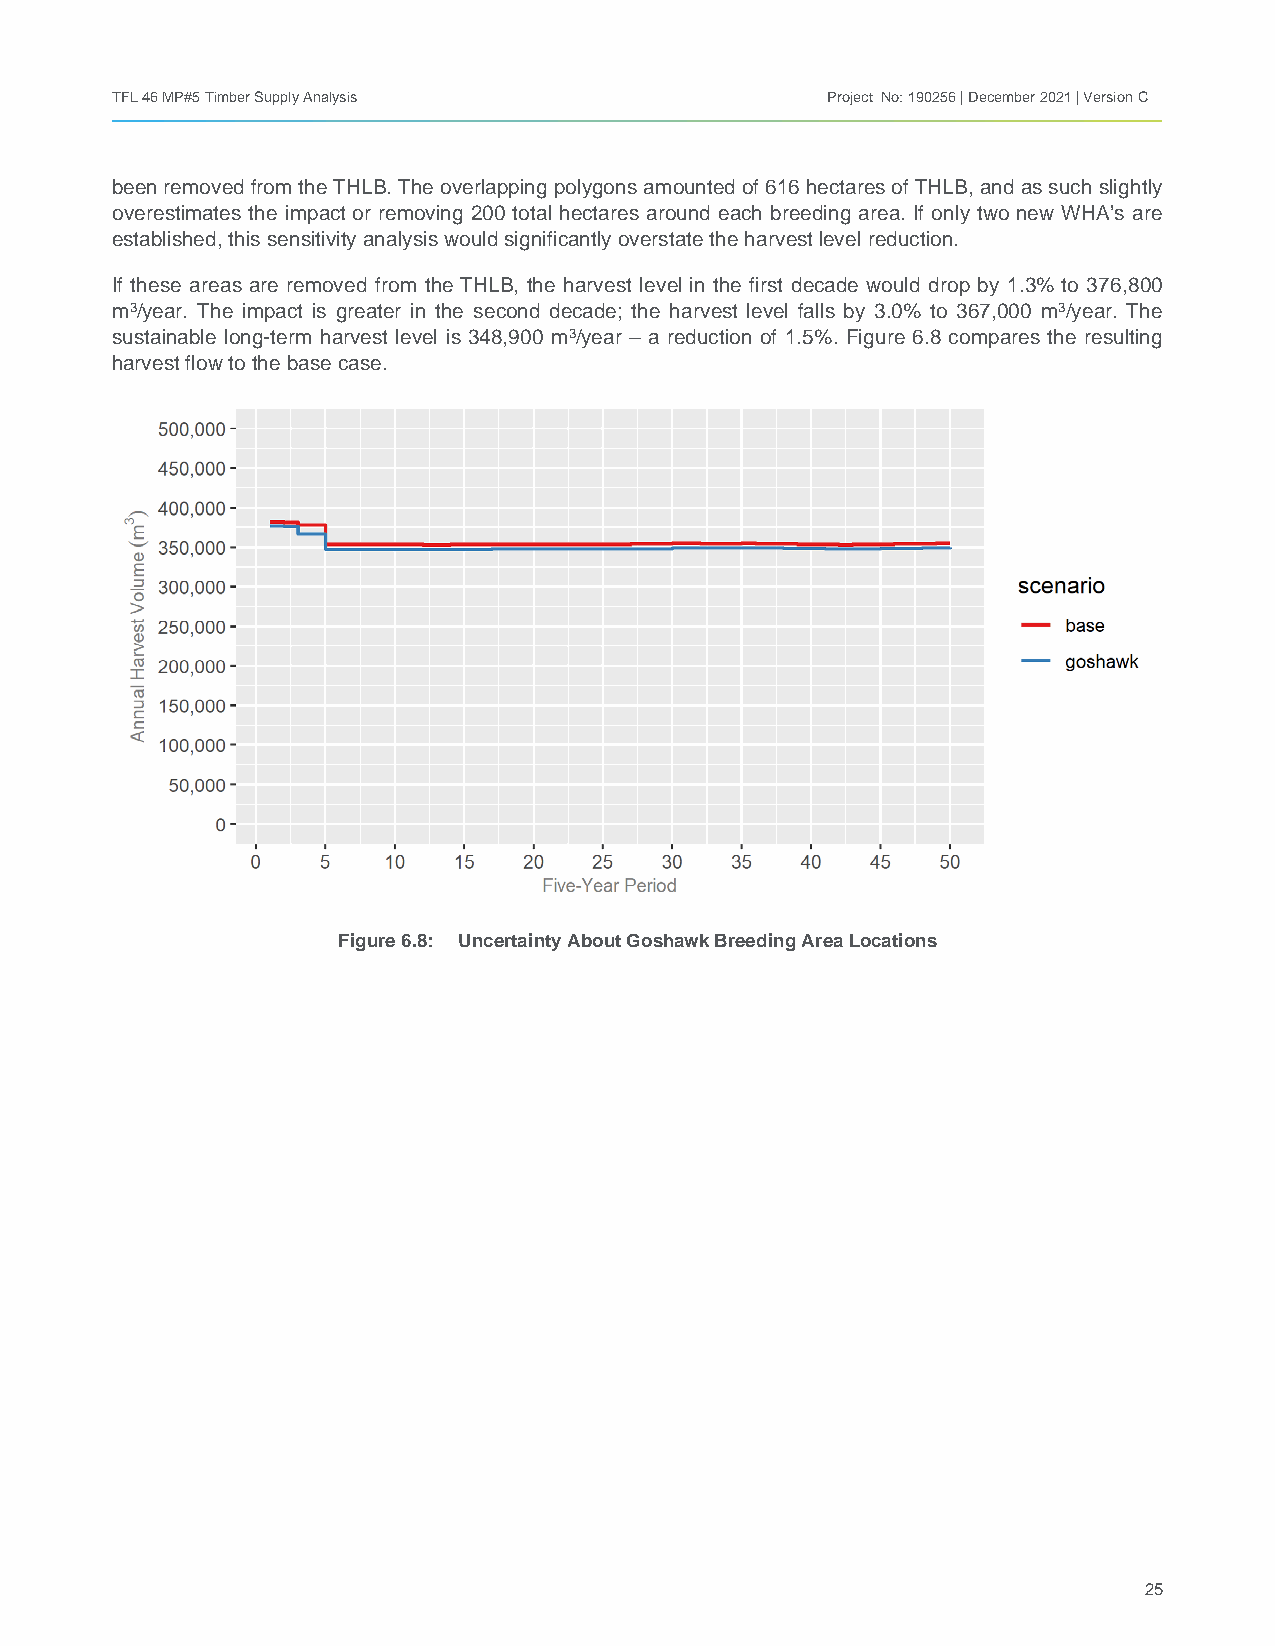
TFL 46 MP#5 Timber Supply Analysis              Project No: 190256 | December 2021 | Version C
 been removed from the THLB. The overlapping polygons amounted of 616 hectares of THLB, and as such slightly
 overestimates the impact or removing 200 total hectares around each breeding area. If only two new WHA’s are
 established, this sensitivity analysis would significantly overstate the harvest level reduction.
 If these areas are removed from the THLB, the harvest level in the first decade would drop by 1.3% to 376,800
 m3/year. The impact is greater in the second decade; the harvest level falls by 3.0% to 367,000 m3/year. The
 sustainable long-term harvest level is 348,900 m3/year – a reduction of 1.5%. Figure 6.8 compares the resulting
 harvest flow to the base case.
 Figure 6.8: Uncertainty About Goshawk Breeding Area Locations
 25